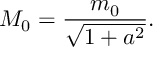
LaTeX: M _ { 0 } = \frac { m _ { 0 } } { \sqrt { 1 + a ^ { 2 } } } .